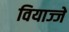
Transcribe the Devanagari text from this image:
वियाज्जे